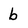
Character: b